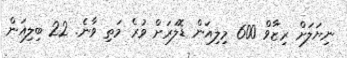
ނިޔަލަށް ރިޒާވް 600 މިލިއަން ޑޮލަރަށް ވުރެ މަތި ވާނެ. 22 ބިލިއަން